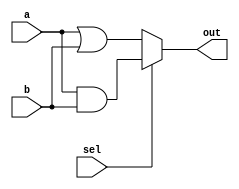
module combinational_logic (
    input wire [3:0] a,         // 4-bit input
    input wire [3:0] b,         // 4-bit input
    input wire sel,             // 1-bit select input
    output reg [3:0] out        // 4-bit output
);

    // Behavioral modeling block using @(*)
    always @(*) begin
        // Clear the output by default
        out = 4'b0000;
        
        // Combinational logic operations
        if (sel) begin
            out = a & b;         // AND operation if sel is high
        end else begin
            out = a | b;         // OR operation if sel is low
        end
    end

endmodule